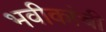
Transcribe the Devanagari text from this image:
भवीकांची